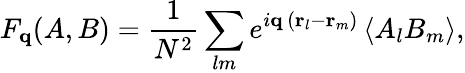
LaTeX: F_{\mathbf{q}}(A,B)=\frac{1}{N^{2}}\sum_{lm}e^{i\mathbf{q}\, (\mathbf{r}_{l}-\mathbf{r}_{m})}\left\langle A_{l}B_{m}\right\rangle,